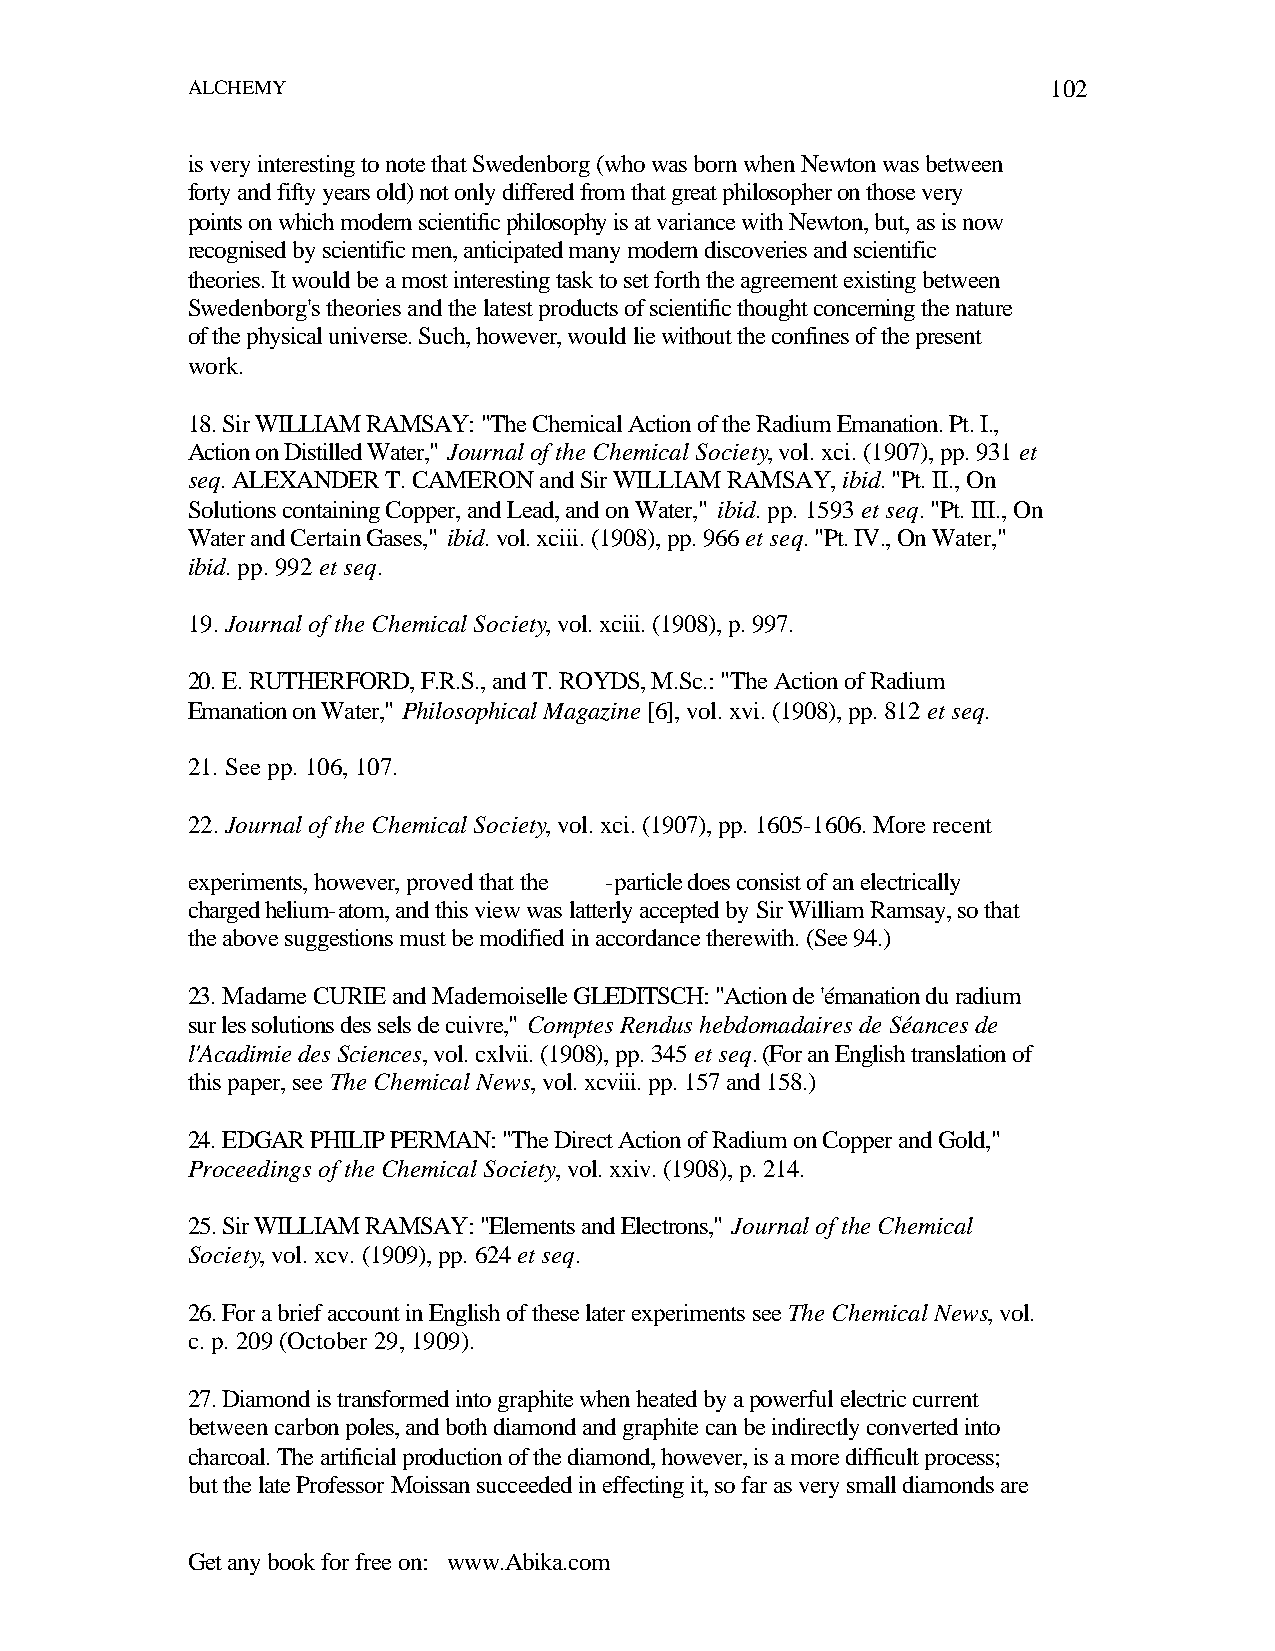
ALCHEMY                                                   102
 is very interesting to note that Swedenborg (who was born when Newton was between
 forty and fifty years old) not only differed from that great philosopher on those very
 points on which modern scientific philosophy is at variance with Newton, but, as is now
 recognised by scientific men, anticipated many modern discoveries and scientific
 theories. It would be a most interesting task to set forth the agreement existing between
 Swedenborg's theories and the latest products of scientific thought concerning the nature
 of the physical universe. Such, however, would lie without the confines of the present
 work.
 18. Sir WILLIAM RAMSAY: "The Chemical Action of the Radium Emanation. Pt. I.,
 Action on Distilled Water," Journal of the Chemical Society, vol. xci. (1907), pp. 931 et
 seq. ALEXANDER T. CAMERON and Sir WILLIAM RAMSAY, ibid. "Pt. II., On
 Solutions containing Copper, and Lead, and on Water," ibid. pp. 1593 et seq. "Pt. III., On
 Water and Certain Gases," ibid. vol. xciii. (1908), pp. 966 et seq. "Pt. IV., On Water,"
 ibid. pp. 992 et seq.
 19. Journal of the Chemical Society, vol. xciii. (1908), p. 997.
 20. E. RUTHERFORD, F.R.S., and T. ROYDS, M.Sc.: "The Action of Radium
 Emanation on Water," Philosophical Magazine [6], vol. xvi. (1908), pp. 812 et seq.
 21. See pp. 106, 107.
 22. Journal of the Chemical Society, vol. xci. (1907), pp. 1605-1606. More recent
 experiments, however, proved that the -particle does consist of an electrically
 charged helium-atom, and this view was latterly accepted by Sir William Ramsay, so that
 the above suggestions must be modified in accordance therewith. (See 94.)
 23. Madame CURIE and Mademoiselle GLEDITSCH: "Action de 'émanation du radium
 sur les solutions des sels de cuivre," Comptes Rendus hebdomadaires de Séances de
 l'Acadimie des Sciences, vol. cxlvii. (1908), pp. 345 et seq. (For an English translation of
 this paper, see The Chemical News, vol. xcviii. pp. 157 and 158.)
 24. EDGAR PHILIP PERMAN: "The Direct Action of Radium on Copper and Gold,"
 Proceedings of the Chemical Society, vol. xxiv. (1908), p. 214.
 25. Sir WILLIAM RAMSAY: "Elements and Electrons," Journal of the Chemical
 Society, vol. xcv. (1909), pp. 624 et seq.
 26. For a brief account in English of these later experiments see The Chemical News, vol.
 c. p. 209 (October 29, 1909).
 27. Diamond is transformed into graphite when heated by a powerful electric current
 between carbon poles, and both diamond and graphite can be indirectly converted into
 charcoal. The artificial production of the diamond, however, is a more difficult process;
 but the late Professor Moissan succeeded in effecting it, so far as very small diamonds are
 Get any book for free on: www.Abika.com